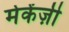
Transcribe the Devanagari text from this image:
मेकेंज़ी